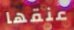
عنقها